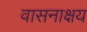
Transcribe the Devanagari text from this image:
वासनाक्षय